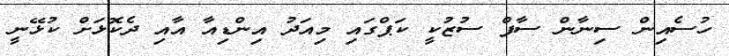
ހުސެއިން ސިނާން ސާފް ސުޒުކީ ކަޕްގައި މިއަދު އިންޑިއާ އާއި ދެކޮޅަށް ކުޅޭނީ